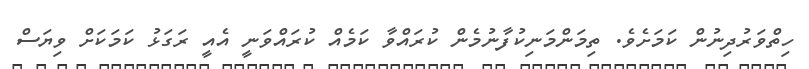
ހިތްވަރުދިނުން ކަމަށެވެ. ތިމަންމަނިކުފާނުމެން ކުރައްވާ ކަމެއް ކުރައްވަނީ އެއީ ރަގަޅު ކަމަކަށް ވިޔަސް